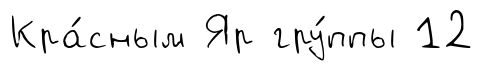
Кра́сным Яр гру́ппы 12